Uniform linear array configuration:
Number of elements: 64
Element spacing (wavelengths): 0.5
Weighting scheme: kaiser
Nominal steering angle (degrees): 60
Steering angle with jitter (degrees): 59.545
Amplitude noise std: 0.05
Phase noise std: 0.05

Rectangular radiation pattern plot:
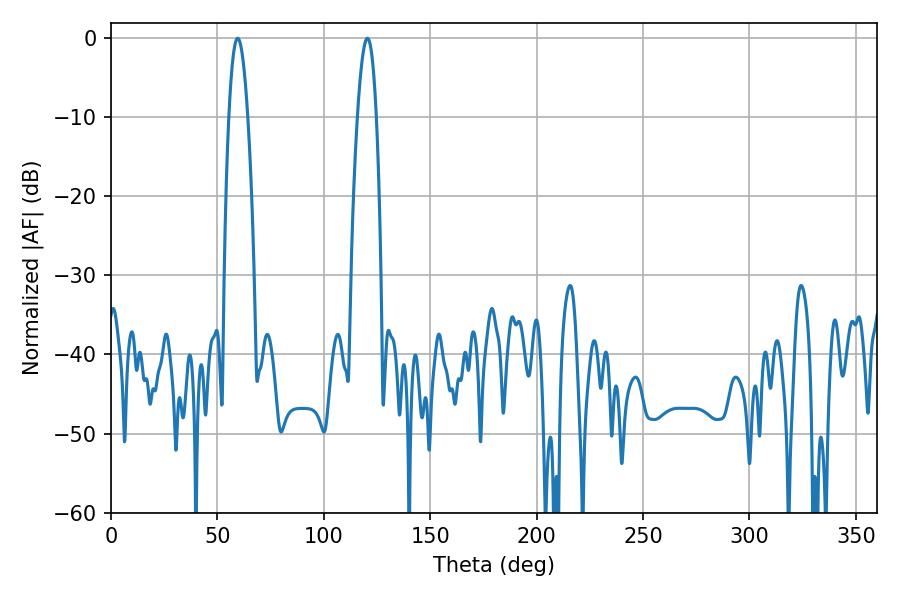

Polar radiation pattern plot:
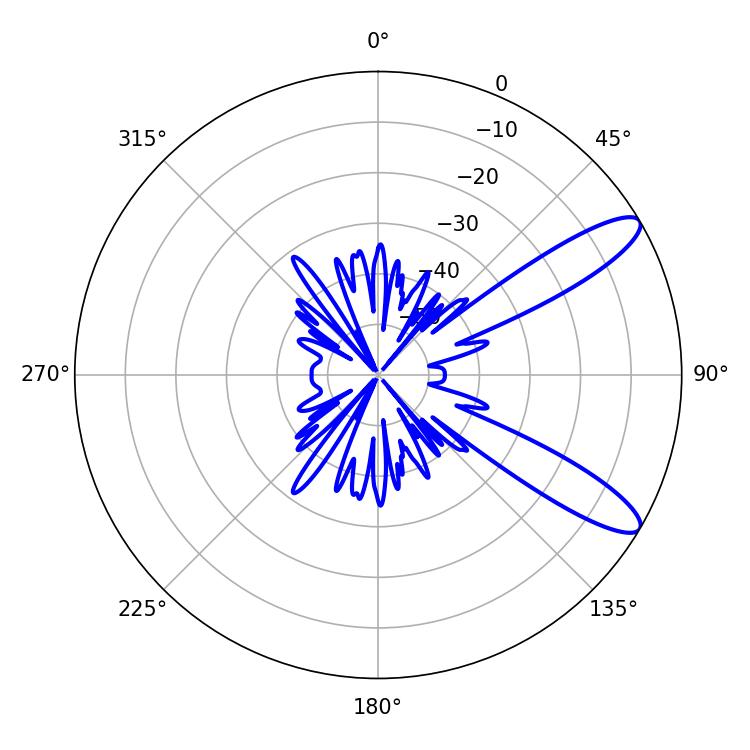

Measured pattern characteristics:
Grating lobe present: FALSE
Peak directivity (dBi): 10.989
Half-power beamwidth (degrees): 4.86
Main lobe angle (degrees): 120.42